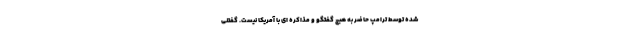
شده توسط ترامپ حاضر به هیچ گفتگو و مذاکره ای با آمریکا نیست. گفتنی